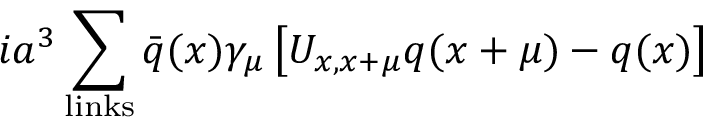
i a ^ { 3 } \sum _ { \mathrm { l i n k s } } \bar { q } ( x ) \gamma _ { \mu } \left[ U _ { x , x + \mu } q ( x + \mu ) - q ( x ) \right]